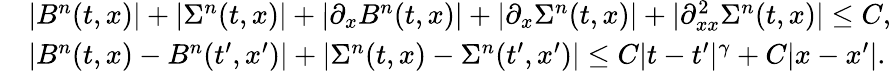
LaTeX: \begin{array}{rl}&{|B^{n}(t,x)|+|\Sigma^{n}(t,x)|+|\partial_{x}B^{n}(t,x)|+|\partial_{x}\Sigma^{n}(t,x)|+|\partial_{xx}^{2}\Sigma^{n}(t,x)|\le C,}\\ &{|B^{n}(t,x)-B^{n}(t^{\prime},x^{\prime})|+|\Sigma^{n}(t,x)-\Sigma^{n}(t^{\prime},x^{\prime})|\le C|t-t^{\prime}|^{\gamma}+C|x-x^{\prime}|.}\end{array}